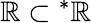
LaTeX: \mathbb{R}\subset{}^{*}\mathbb{R}